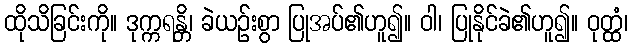
ထိုသိခြင်းကို။ ဒုက္ကရန္တိ၊ ခဲယဉ်းစွာ ပြုအပ်၏ဟူ၍။ ဝါ၊ ပြုနိုင်ခဲ၏ဟူ၍။ ဝုတ္ထံ၊